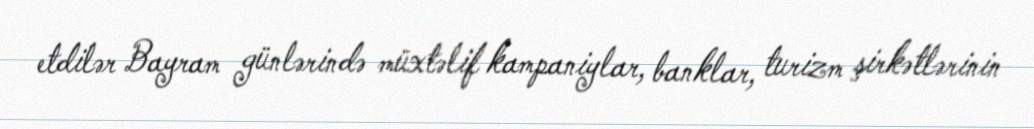
etdilər Bayram günlərində müxtəlif kampaniylar, banklar, turizm şirkətlərinin